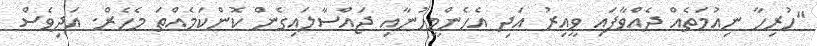
"ހުރިހާ ނިއުމަތެއް ދެއްވާފައި ވީއިރު އަދި އެހެންމީހުނާއި ޖައްސާލައިގެން ކޮންކަމެއްތަ މެހެރް. އަދިވެސް